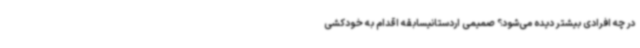
در چه افرادی بیشتر دیده می‌شود؟ صمیمی اردستانیسابقه اقدام به خودکشی